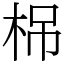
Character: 𣑐